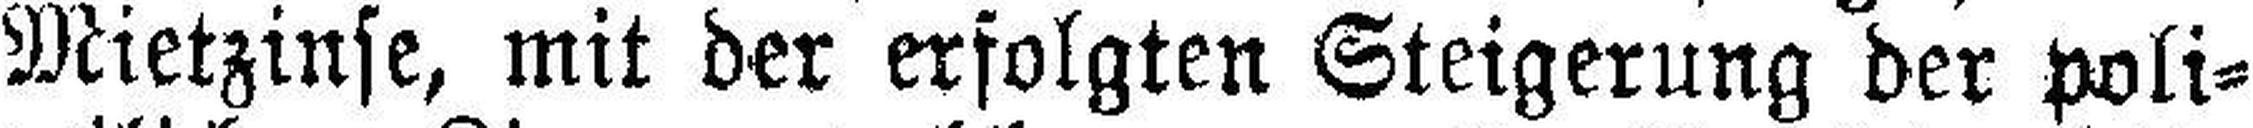
Mietzinse, mit der erfolgten Steigerung der poli¬